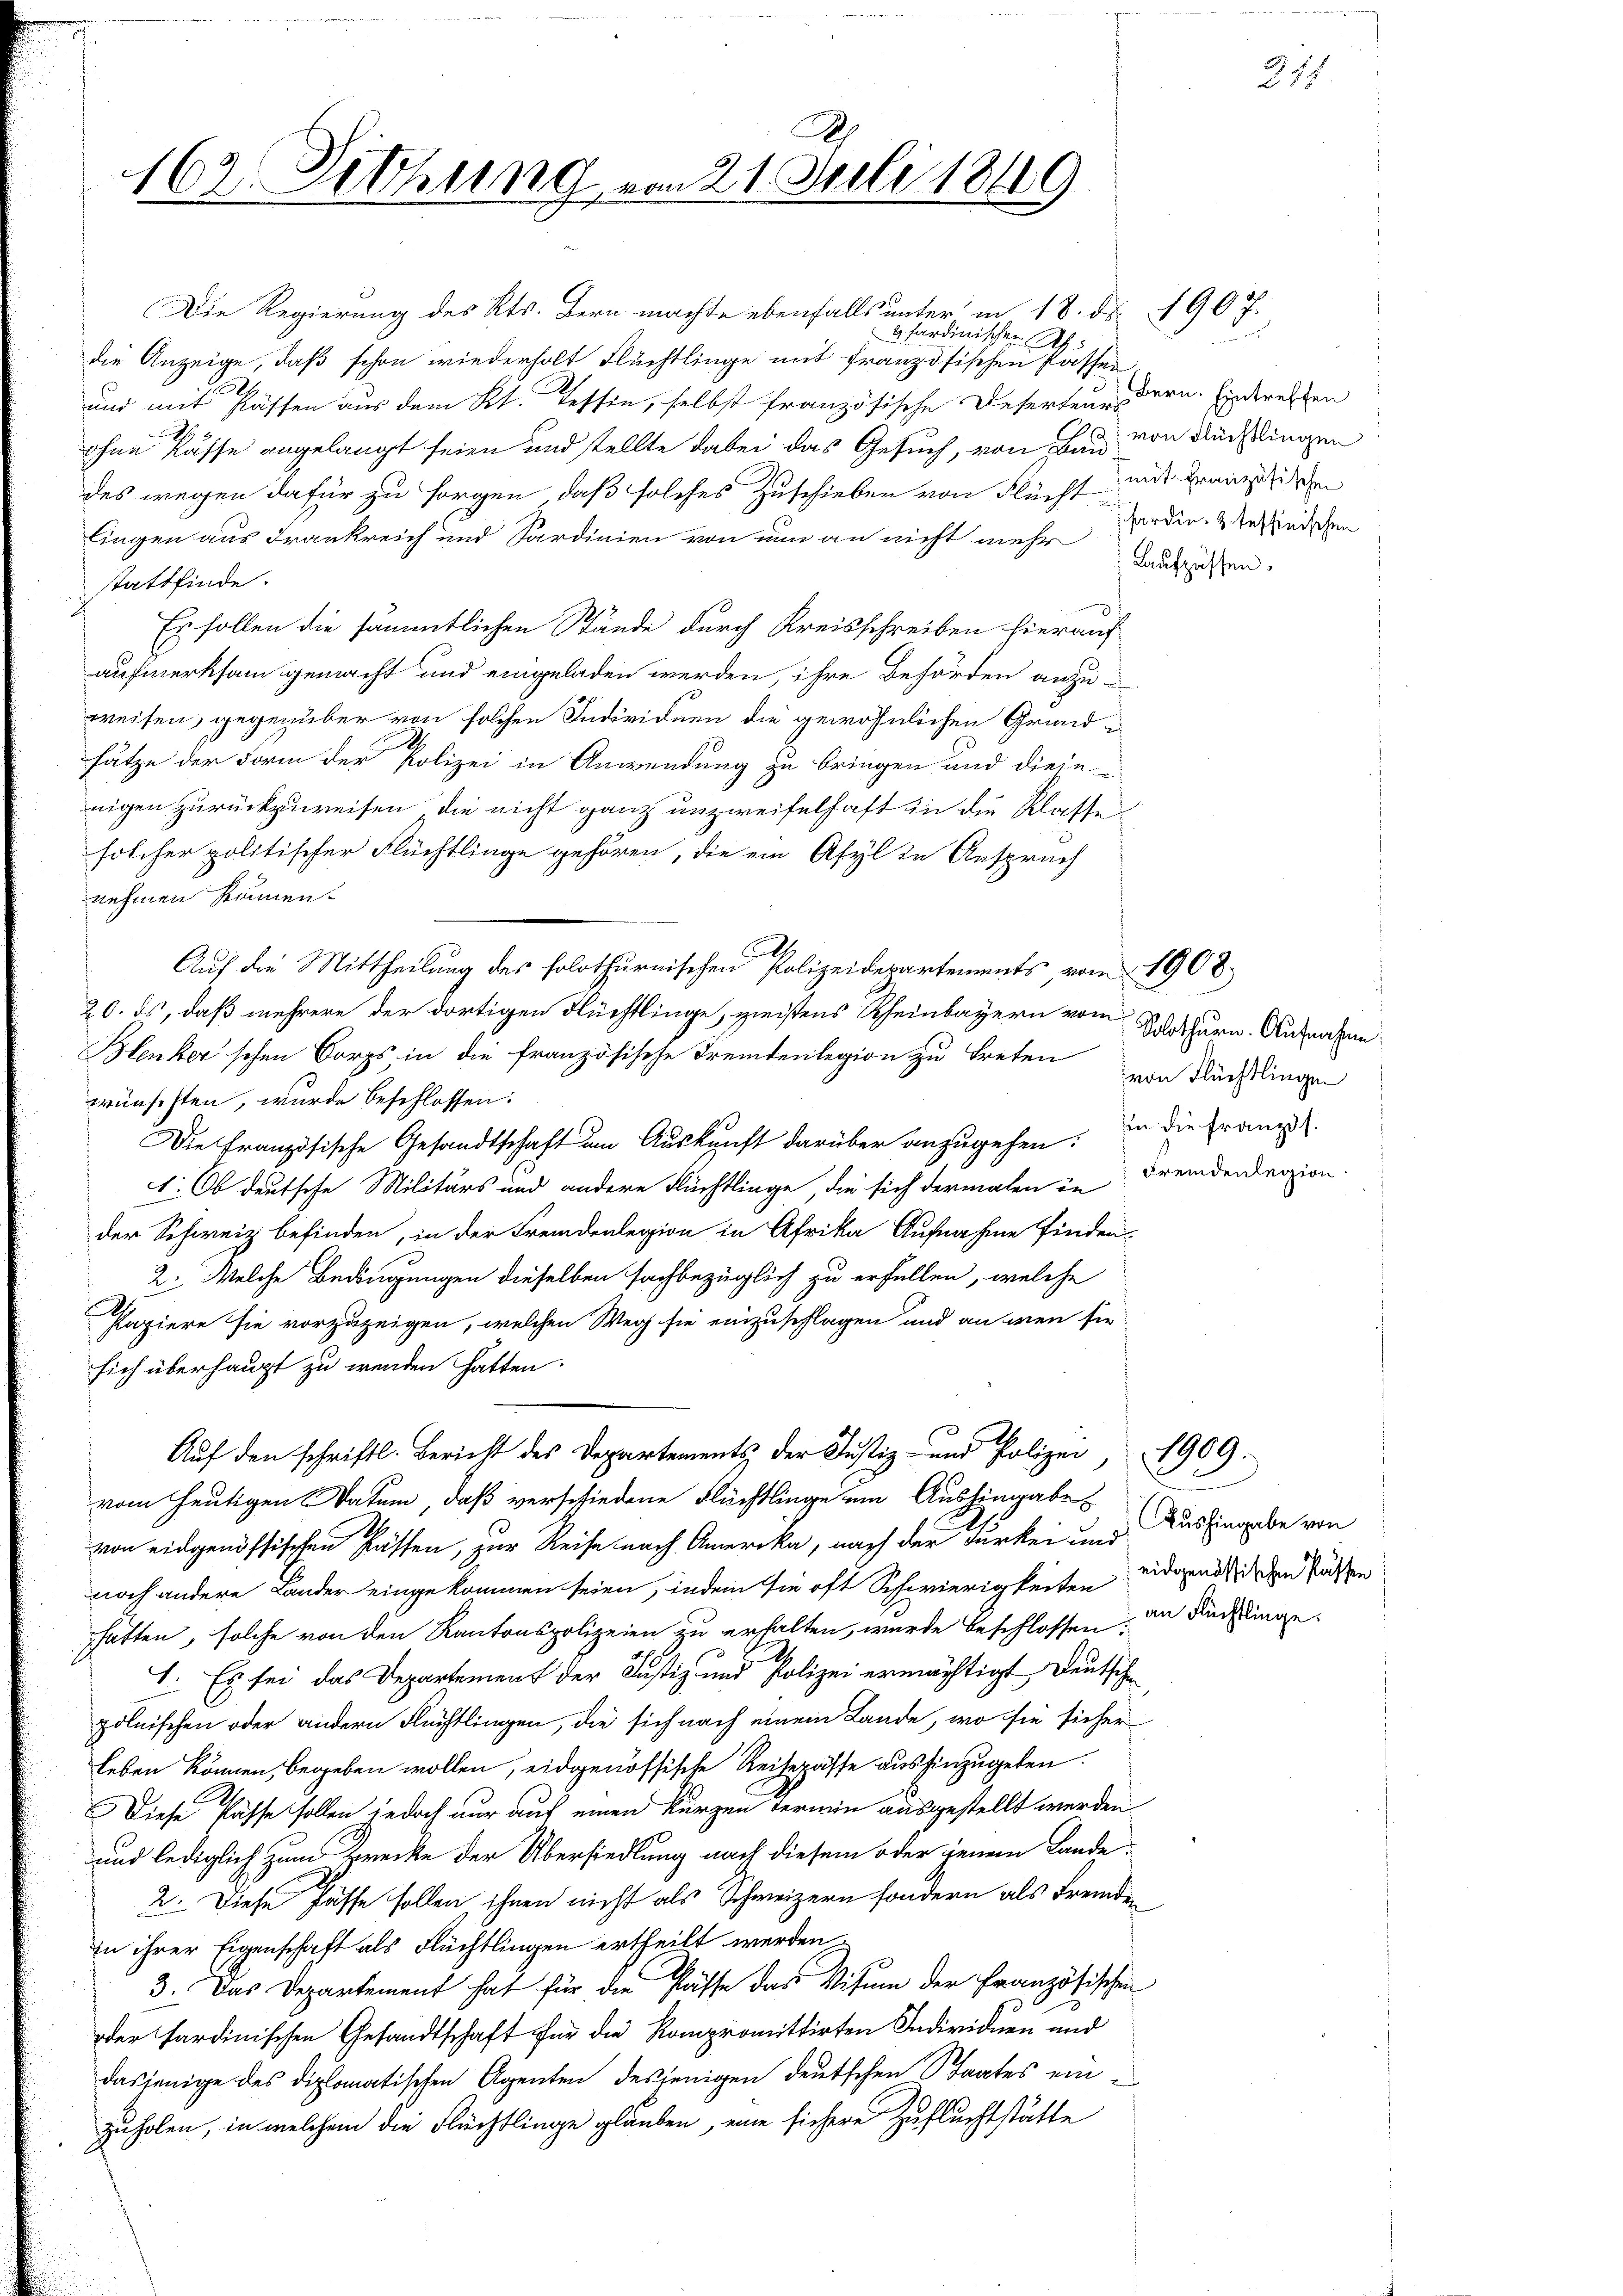
162. Sitzung von 21. Juli 1849

Die Regierung des Kts. Bern machte ebenfalls unter in 18. ds. 1907.
Gfardinischen A
die Anzeige, daß schon wiederholt Flüchtlinge mit französischen Passen
und mit Kästen aus dem Kt. Tessin, selbst französische Deferten Bern. Eintrecken
ohne Kasse angelangt seien und stellte dabei das Gesuch, von Bau von Rücklingen
des wegen dafür zu sorgen, daß solches Zuschieben von Flücht
lingen aus Frankreich und Sardinien von nun an nicht mehr
stattfinde.
Es sollen die sämmtlichen Stände durch Kreisschreiben hierauf
aufmerksam gemacht und eingeladen werden, ihre Behörden anzuweisen, gegenüber von solchen Individuen die gewöhnlichen Grund¬
.
sätze der Form der Polizei in Anwendung zu bringen und diese
nigen zurückzuweisen, die nicht ganz unzweifelhaft in die Klassesolcher politischer Flüchtlinge gehören, die ein Asyl in Anspruch
nehmen kämen.
Auf die Mittheilung des folothurnischen Polizeidepartements vom 1908.
20. ds, daß mehrere der dortigen Flüchtlinge, geistens Rheinbayern vom Werthurn. Aufnahme¬
Bleuler'schen Corps in die französische Fremdenlegion zu treten
wünschten, wurde beschlossen:
Die Französische Gesandtschaft um Auskunft darüber anzugehen. In die Franz
1: Ob deutsche Militärs und andere Flächtlinge, die sich dermalen in Fremdendenzion
der Schweiz befinden, in der Fremdenlegion in Afrika Aufnahme finden
2. Welche Bedingungen dieselben sachbezüglich zu erfallen, welche
Papiere sie vorzuzeigen, welchen Weg sie einzuschlagen und an wenn sie
sich überhaupt zu wenden hatten.
Auf den schriftl. Bericht des Departements der Justiz- und Polizei, 1909.
vom heutigen Datum, daß verschiedene Flüchtlinge ein Aushingaben
von eidgenössischen Hassen, zur Reise nach Amerika, nach der Furken und
noch andere Lander eingekommen seien, indem sie oft Schwierigkeiten eidgend diesen Pässen
hatten, solche von den Kantonspolizeien zu erhalten, wurde beschlossen in Duchlinge.
I. Es sei das Departement der Justiz- und Polizei ermächtigt Deutsche
pölnischen oder andern Flüchtlingen, die sich nach einem Lande, wo sie sicher
Leben können, begeben wollen, eidgenössische Reisepässe aushinzugeben.
Diese Pässe sollen jedoch nur auf einen kurzen termin ausgestellt werden
und lediglich zum Korecke der Übersiedlung nach diesem oder jenem Lande
2. Diese Fasse sollen, ihnen nicht als Schweizern sondern als Fremden
in ihrer Eigenschaft als Flüchtlingen ertheilt werden.
3. Das Departement hat für die Pässe das Visum der Französischen
der sardinischen Gesandtschaft für die Kompromittirten Individuen und
dasjenige des diplomatischen Agenten desjenigen deutschen Staates einzuholen, in welchem die Flüchtlinge glauben, eine sichere Zufluchtstätte

214

mit Französischen
fardin. 3 teffinischen
Aufzüssen.

d

von Flüchtlingen

Aushingabe von